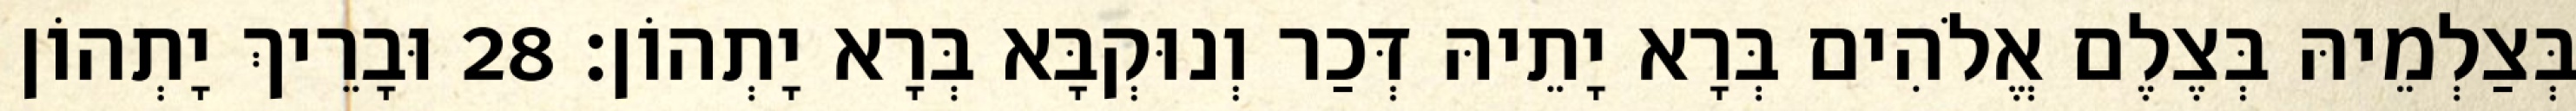
בְּצַלְמֵיהּ בְּצֶלֶם אֱלֹהִים בְּרָא יָתֵיהּ דְּכַר וְנוּקְבָּא בְּרָא יָתְהוֹן׃ 28 וּבָרֵיךְ יָתְהוֹן